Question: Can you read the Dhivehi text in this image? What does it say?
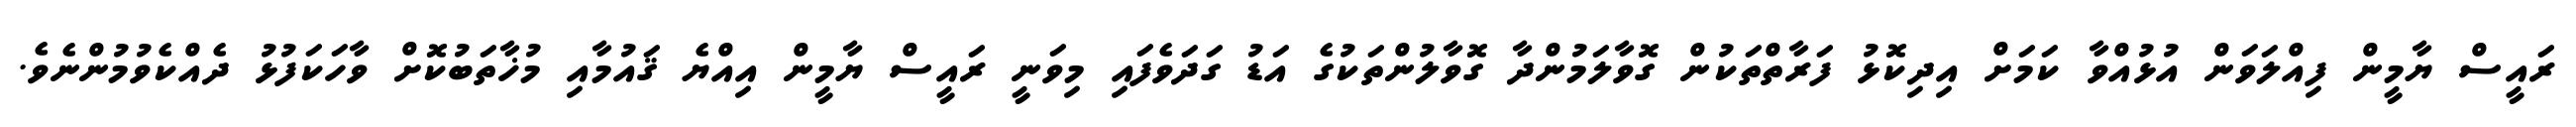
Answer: ރައީސް ޔާމީން ފިއްލަވަން އުޅުއްވާ ކަމަށް އިދިކޮޅު ފަރާތްތަކުން ގޮވާލަމުންދާ ގޮވާލުންތަކުގެ އަޑު ގަދަވެފައި މިވަނީ ރައީސް ޔާމީން އިއްޔެ ޤައުމާއި މުޚާތަބުކޮށް ވާހަކަފުޅު ދެއްކެވުމުންނެވެ.